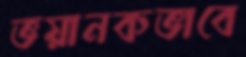
ভয়ানকভাবে